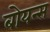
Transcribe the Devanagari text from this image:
बोयन्स